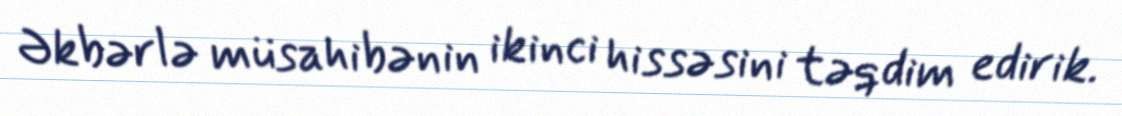
Əkbərlə müsahibənin ikinci hissəsini təqdim edirik.